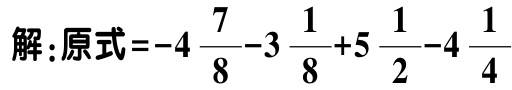
解:原式\(=-4\frac{7}{8}-3\frac{1}{8}+5\frac{1}{2}-4\frac{1}{4}\)